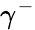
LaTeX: \gamma^{-}